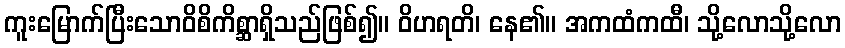
ကူးမြောက်ပြီးသောဝိစိကိစ္ဆာရှိသည်ဖြစ်၍။ ဝိဟရတိ၊ နေ၏။ အကထံကထီ၊ သို့လောသို့လော